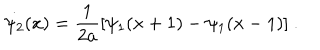
\dot { \psi _ { 2 } } ( x ) = \frac { 1 } { 2 a } [ \psi _ { 1 } ( x + 1 ) - \psi _ { 1 } ( x - 1 ) ] \ .